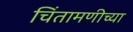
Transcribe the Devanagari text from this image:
चिंतामणीच्या